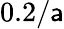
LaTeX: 0.2/\mathsf{a}